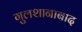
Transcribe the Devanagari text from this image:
गुलशानाबाद